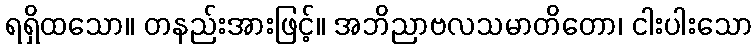
ရရှိထသော။ တနည်းအားဖြင့်။ အဘိညာဗလသမာတိတော၊ ငါးပါးသော